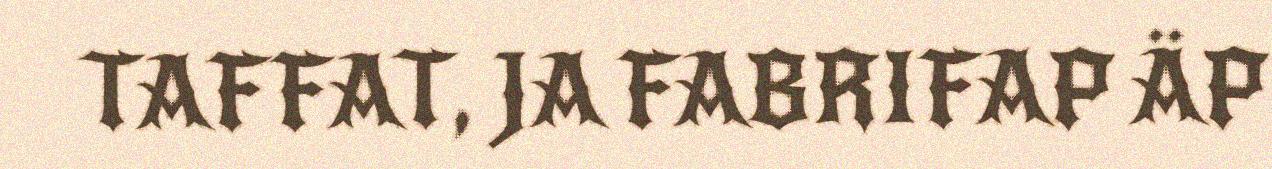
TAFFAT, JA FABRIFAP ÄP